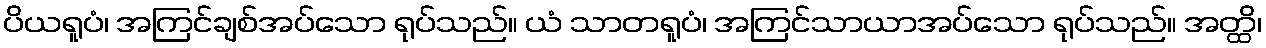
ပိယရူပံ၊ အကြင်ချစ်အပ်သော ရုပ်သည်။ ယံ သာတရူပံ၊ အကြင်သာယာအပ်သော ရုပ်သည်။ အတ္ထိ၊